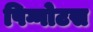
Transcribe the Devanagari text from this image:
पिग्गोटस